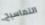
التماسيح